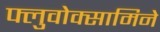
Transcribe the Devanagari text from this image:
फ्लुवोक्सामिने